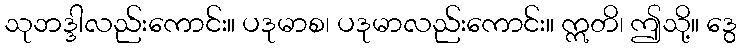
သုဘဒ္ဒါလည်းကောင်း။ ပဒုမာစ၊ ပဒုမာလည်းကောင်း။ ဣတိ၊ ဤသို့။ ဒွေ